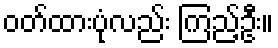
ဝတ်ထားပုံလည်း ကြည့်ဦး။